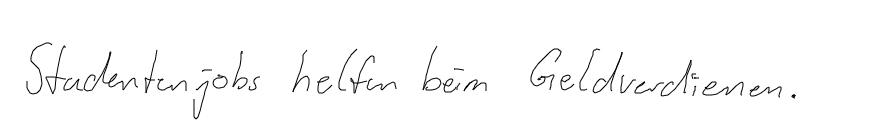
Studentenjobs helfen beim Geldverdienen.